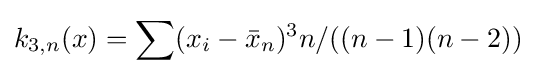
k_{3,n}(x)=\sum (x_{i}-{\bar {x}}_{n})^{3}n/((n-1)(n-2))